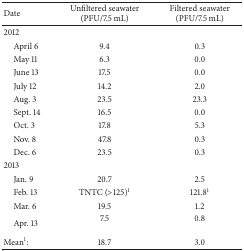
| Date | Unfiltered seawater (PFU/7.5 mL) | Filtered seawater (PFU/7.5 mL) |
 | --- | --- | --- |
 | 2012 |  |  |
 | April 6 | 9.4 | 0.3 |
 | May 11 | 6.3 | 0.0 |
 | June 13 | 17.5 | 0.0 |
 | July 12 | 14.2 | 2.0 |
 | Aug. 3 | 23.5 | 23.3 |
 | Sept. 14 | 16.5 | 0.0 |
 | Oct. 3 | 17.8 | 5.3 |
 | Nov. 8 | 47.8 | 0.3 |
 | Dec. 6 | 23.5 | 0.3 |
 | 2013 |  |  |
 | Jan. 9 | 20.7 | 2.5 |
 | Feb. 13 | TNTC (>125)1 | 121.81 |
 | Mar. 6 | 19.5 | 1.2 |
 | Apr. 13 | 7.5 | 0.8 |
 | Mean1: | 18.7 | 3.0 |